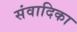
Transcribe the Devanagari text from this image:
संवादिका